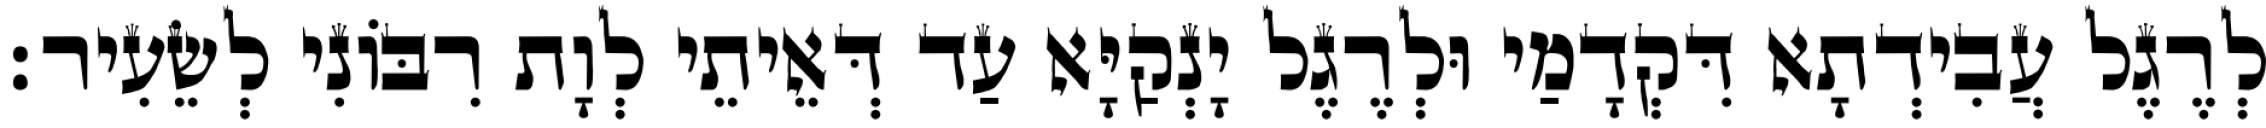
לְרֶגֶל עֲבִידְתָא דִּקְדָמַי וּלְרֶגֶל יָנְקַיָּא עַד דְּאֵיתֵי לְוָת רִבּוֹנִי לְשֵׂעִיר׃